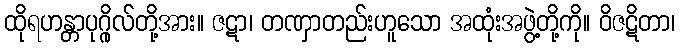
ထိုရဟန္တာပုဂ္ဂိုလ်တို့အား။ ဇဋာ၊ တဏှာတည်းဟူသော အထုံးအဖွဲ့တို့ကို။ ဝိဇဋိတာ၊